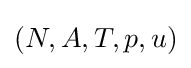
(N,A,T,p,u)